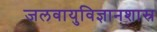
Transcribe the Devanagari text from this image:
जलवायुविज्ञानशास्र